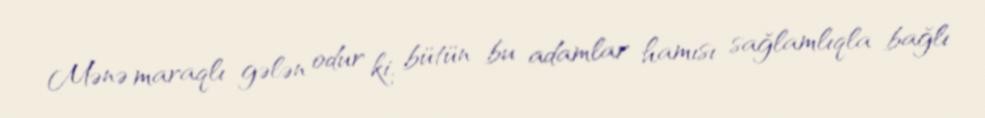
Mənə maraqlı gələn odur ki, bütün bu adamlar hamısı sağlamlıqla bağlı